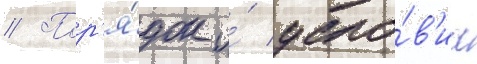
// Пор'я́док и́ усло́в'иа